Annual report on the Civil Veterinary Department, Burma (including the Insein Veterinary School) - 1932-1941
Year: 1932
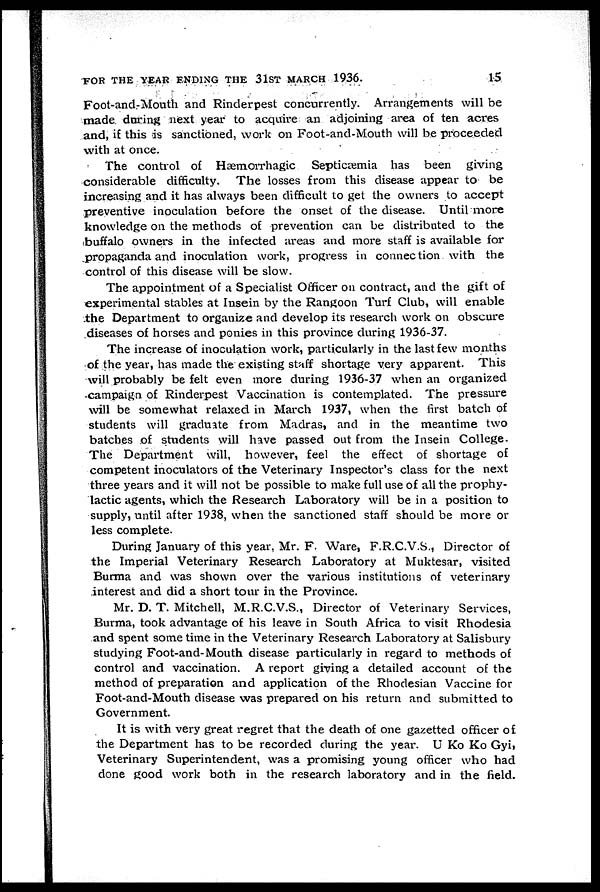
FOR THE YEAR ENDING THE 31ST MARCH 1936.
15
Foot-and-Mouth and Rinderpest concurrently. Arrangements will be
made during next year to acquire an adjoining area of ten acres
and, if this is sanctioned, work on Foot-and-Mouth will be proceeded
with at once.
The control of Hæmorrhagic Septicæmia has been giving
considerable difficulty. The losses from this disease appear to be
increasing and it has always been difficult to get the owners to accept
preventive inoculation before the onset of the disease. Until more
knowledge on the methods of prevention can be distributed to the
buffalo owners in the infected areas and more staff is available for
propaganda and inoculation work, progress in connection with the
control of this disease will be slow.
The appointment of a Specialist Officer on contract, and the gift of
experimental stables at Insein by the Rangoon Turf Club, will enable
the Department to organize and develop its research work on obscure
diseases of horses and ponies in this province during 1936-37.
The increase of inoculation work, particularly in the last few months
of the year, has made the existing staff shortage very apparent. This
will probably be felt even more during 1936-37 when an organized
campaign of Rinderpest Vaccination is contemplated. The pressure
will be somewhat relaxed in March 1937, when the first batch of
students will graduate from Madras, and in the meantime two
batches of students will have passed out from the Insein College.
The Department will, however, feel the effect of shortage of
competent inoculators of the Veterinary Inspector's class for the next
three years and it will not be possible to make full use of all the prophy-
lactic agents, which the Research Laboratory will be in a position to
supply, until after 1938, when the sanctioned staff should be more or
less complete.
During January of this year, Mr. F. Ware, F.R.C.V.S., Director of
the Imperial Veterinary Research Laboratory at Muktesar, visited
Burma and was shown over the various institutions of veterinary
interest and did a short tour in the Province.
Mr. D. T. Mitchell, M.R.C.V.S., Director of Veterinary Services,
Burma, took advantage of his leave in South Africa to visit Rhodesia
and spent some time in the Veterinary Research Laboratory at Salisbury
studying Foot-and-Mouth disease particularly in regard to methods of
control and vaccination. A report giving a detailed account of the
method of preparation and application of the Rhodesian Vaccine for
Foot-and-Mouth disease was prepared on his return and submitted to
Government.
It is with very great regret that the death of one gazetted officer of.
the Department has to be recorded during the year. U Ko Ko Gyi,
Veterinary Superintendent, was a promising young officer who had
done good work both in the research laboratory and in the field.